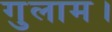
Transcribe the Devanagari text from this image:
गुलाम।